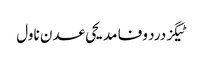
ٹیگزدرد وفا مدیحی عدن ناول